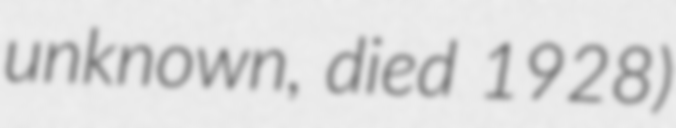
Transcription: unknown, died 1928)